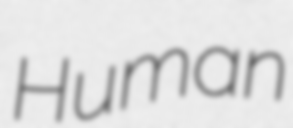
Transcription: Human